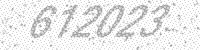
Solution: 612023